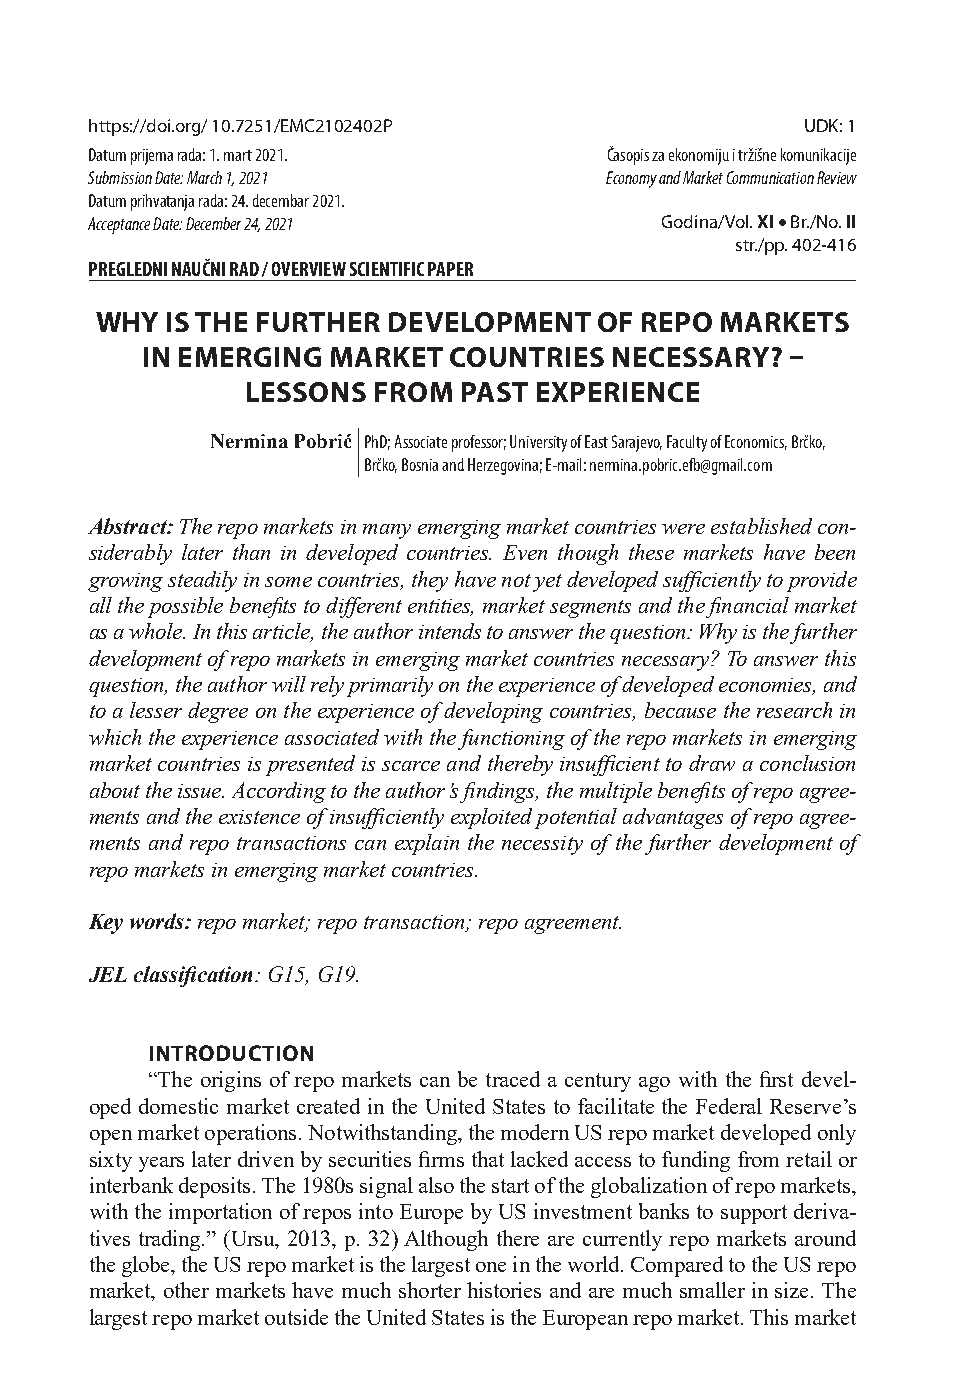
https://doi.org/ 10.7251/EMC2102402P           UDK: 1
 Datum prijema rada: 1. mart 2021. Časopis za ekonomiju i tržišne komunikacije
 Submission Date: March 1, 2021    Economy and Market Communication Review
 Datum prihvatanja rada: 24. decembar 2021.
 Acceptance Date: December 24, 2021    Godina/Vol. XI  Br./No. II
 str./pp. 402-416
 PREGLEDNI NAUČNI RAD / OVERVIEW SCIENTIFIC PAPER
 WHY  IS THE FURTHER DEVELOPMENT   OF REPO MARKETS
 IN EMERGING  MARKET  COUNTRIES NECESSARY?  
 LESSONS  FROM PAST EXPERIENCE
 Nermina Pobrić PhD; Associate professor; University of East Sarajevo, Faculty of Economics, Brčko,
 Brčko, Bosnia and Herzegovina; E-mail: nermina.pobric.efb@gmail.com
 Abstract: The repo markets in many emerging market countries were established con-
 siderably later than in developed countries. Even though these markets have been
 growing steadily in some countries, they have not yet developed suffi ciently to provide
 all the possible benefi ts to diff erent entities, market segments and the fi nancial market
 as a whole. In this article, the author intends to answer the question: Why is the further
 development of repo markets in emerging market countries necessary? To answer this
 question, the author will rely primarily on the experience of developed economies, and
 to a lesser degree on the experien ce of developing countries, because the research in
 which the experience associated with the functioning of the repo markets in emerging
 market countries is presented is scarce and thereby insuffi cient to draw a conclusion
 about the issue. According to the author’s fi ndings, the multiple benefi ts of repo agree-
 ments and the existence of insuffi ciently exploited potential advantages of repo agree-
 ments and repo transactions can explain the necessity of the further development of
 repo markets in emerging market countries.
 Key words: repo market; repo transaction; repo agreement.
 JEL classifi cation: G15, G19.
 INTRODUCTION
 “The origins of repo markets can be traced a century ago with the fi rst devel-
 oped domestic market created in the United States to facilitate the Federal Reserve’s
 open market operations. Notwithstanding, the modern US repo market developed only
 sixty years later driven by securities fi rms that lacked access to funding from retail or
 interbank deposits. The 1980s signal also the start of the globalization of repo markets,
 with the importation of repos into Europe by US investment banks to support deriva-
 tives trading.” (Ursu, 2013, p. 32) Although there are currently repo markets around
 the globe, the US repo market is the largest one in the world. Compared to the US repo
 market, other markets have much shorter histories and are much smaller in size. The
 largest repo market outside the United States is the European repo market. This market